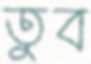
তুব